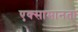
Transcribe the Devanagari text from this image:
एक्सामानता